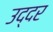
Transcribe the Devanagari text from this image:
उद्दर